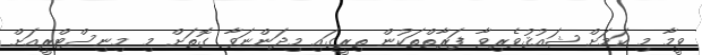
ވީމާ މި ކަމަށް ޝައުޤުވެރިވާ ފަރާތްތަކުން ތިރީގައި މިދަންނަވާ ގޮތަށް މި މިނިސްޓްރީއަށް